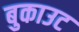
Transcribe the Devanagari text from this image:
बुकाउट